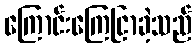
ကြောင်းကြေငြာခဲ့သည်